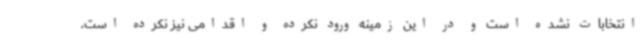
انتخابات نشده است و در این زمینه ورود نکرده و اقدامی نیز نکرده است.